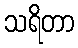
သရိတာ